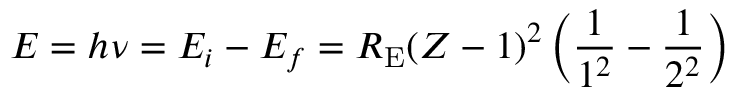
E = h \nu = E _ { i } - E _ { f } = R _ { \mathrm { E } } ( Z - 1 ) ^ { 2 } \left( { \frac { 1 } { 1 ^ { 2 } } } - { \frac { 1 } { 2 ^ { 2 } } } \right)